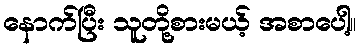
နောက်ပြီး သူတို့စားမယ့် အစာပေါ့။